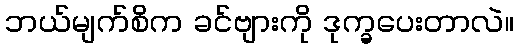
ဘယ်မျက်စိက ခင်ဗျားကို ဒုက္ခပေးတာလဲ။